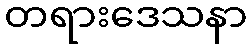
တရားဒေသနာ